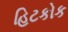
હિટકોક